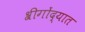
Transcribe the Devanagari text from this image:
श्रीगोंद्यात